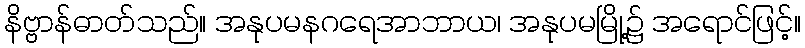
နိဗ္ဗာန်ဓာတ်သည်။ အနုပမနဂရေအာဘာယ၊ အနုပမမြို့၌ အရောင်ဖြင့်။